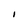
Character: I